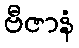
ဗီဇာနံ